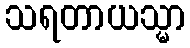
သရတာယသ္မာ